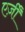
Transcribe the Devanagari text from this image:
एर्ज़ीं